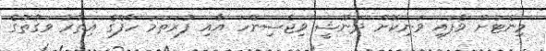
މިނެޓަށް ވެފައި ވަނިކޮށް ދަނޫޝީ ވިޖެސިންހަ އާއި ފުރަތަމަ ހާފްގެ އިތުރު ވަގުތުގެ